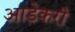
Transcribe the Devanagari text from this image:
आडेकरी